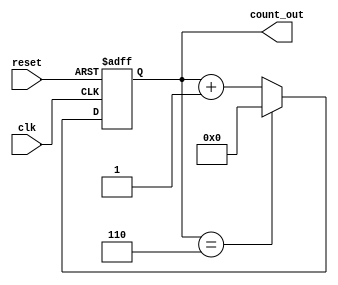
module counter_mod6(clk, reset, count_out);
  input clk, reset;
  output [3:0] count_out;
  
  reg [3:0] count;

  always @(posedge clk or posedge reset)
  begin
    if (reset)
      count <= 4'b0000;
    else if (count == 4'b0110)
      count <= 4'b000;
    else
      count <= count + 1;
  end

  assign count_out = count;
endmodule